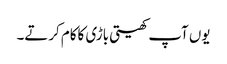
یوں آپ کھیتی باڑی کاکام کرتے۔